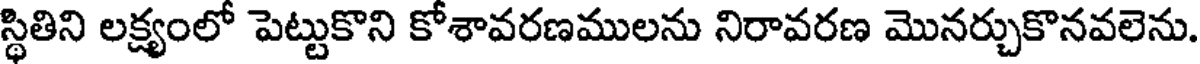
స్థితిని లక్ష్యంలో పెట్టుకొని కోశావరణములను నిరావరణ మొనర్చుకొనవలెను.